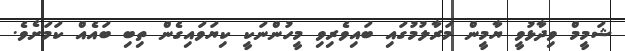
ޝަމީމް ވިދާޅުވީ ޔާމީން މަރާލުމުގައި ބައިވެރިވި މީހުންނަކީ ކިޔަވައިގެން ތިބި ބައެއް ކަމަށެވެ.